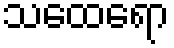
သထေရော